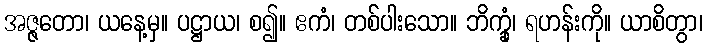
အဇ္ဇတော၊ ယနေ့မှ။ ပဋ္ဌာယ၊ စ၍။ ဧကံ၊ တစ်ပါးသော။ ဘိက္ခုံ၊ ရဟန်းကို။ ယာစိတွာ၊